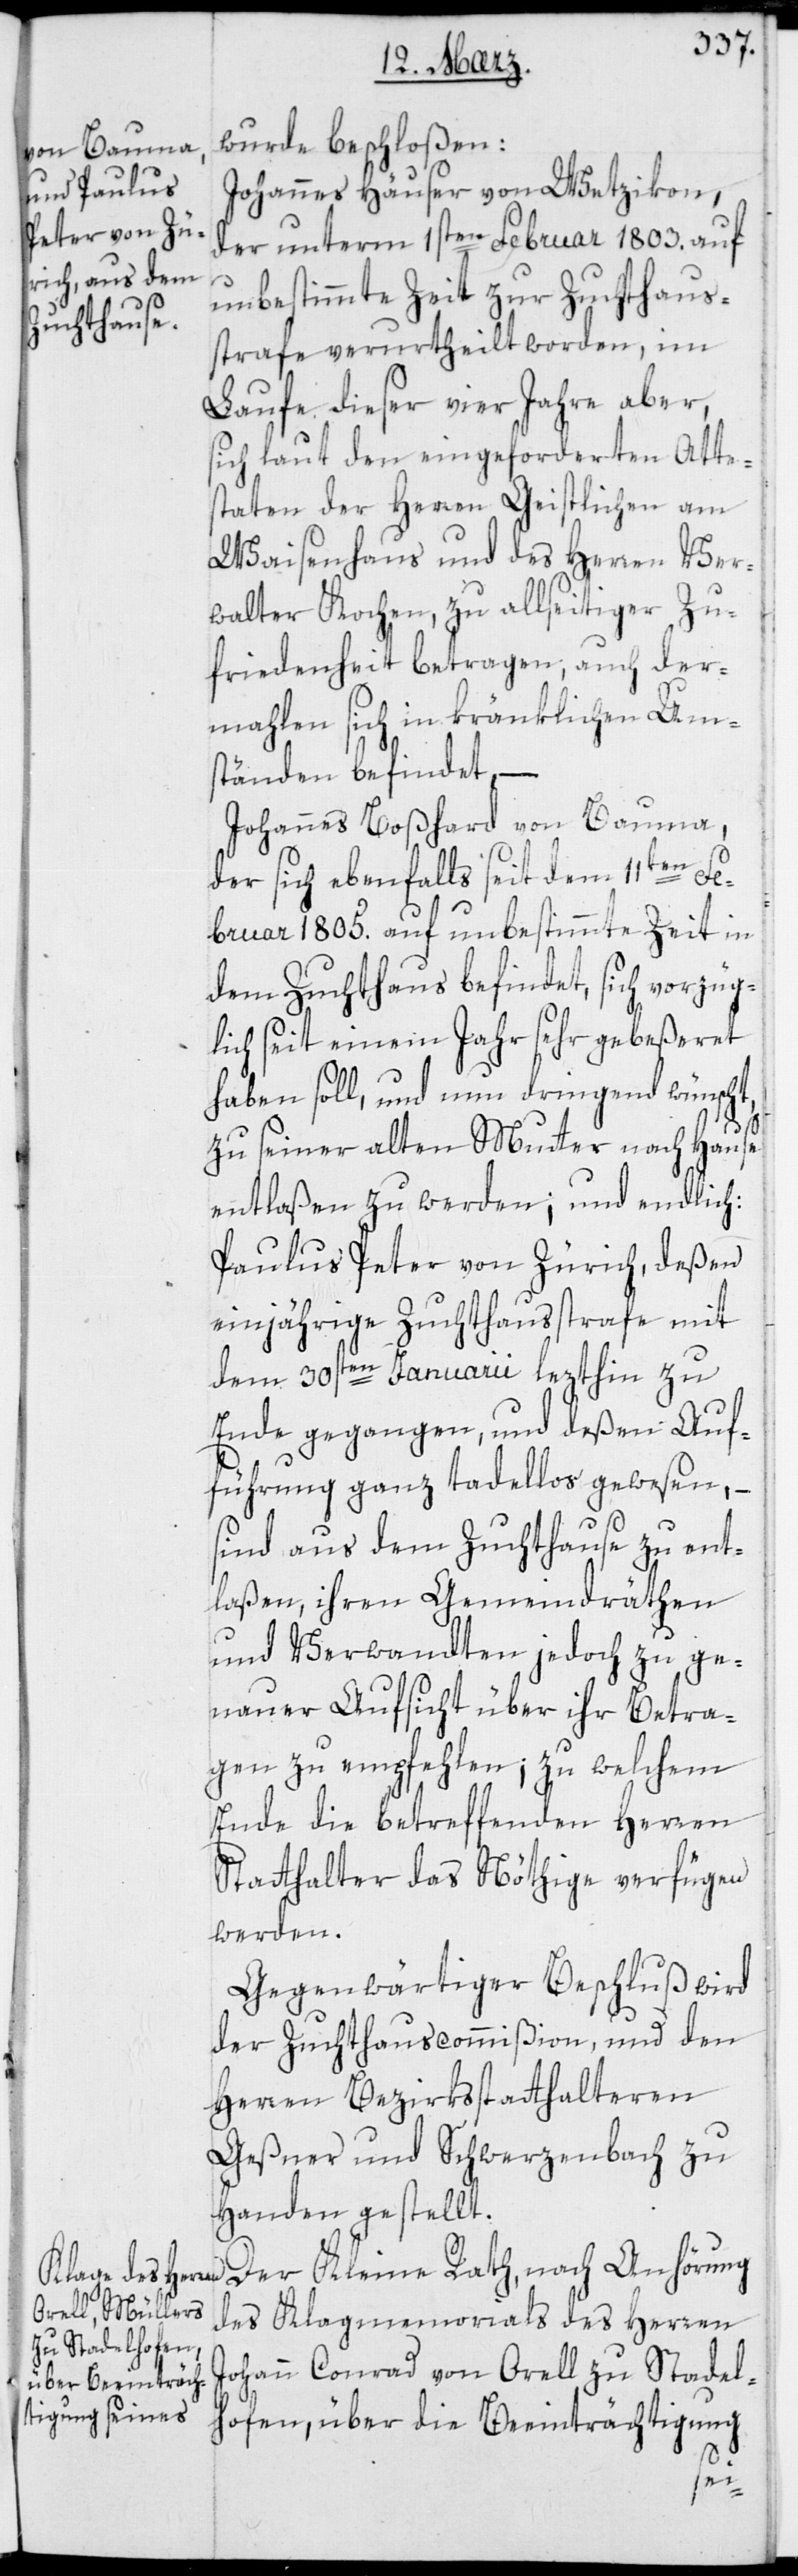
wurde beschloßen:
Johannes Hauser von Wetzikon,
der unterm 1sten Februar 1803. auf
unbestimmte Zeit zur Zuchthauß¬
trafe verurtheilt worden, im
Laufe dieser vier Jahre aber,
sich laut den eingeforderten Attes¬
taten der Herren Geistlichen am
Waisenhaus und des Herren Ver¬
walter Kochen, zu allseitiger Zu¬
friedenheit betragen; auch der¬
mahlen sich in kränklichen Um¬
ständen befindet, –
Johannes Boßhard von Bauma,
der sich ebenfalls seit dem 11ten Fe¬
bruar 1805. auf unbestimmte Zeit in
dem Zuchthaus befindet, sich vorzüg¬
lich seit einem Jahr sehr gebeßeret
haben soll, und nun dringend wünscht,
zu seiner alten Mutter nach Hause
entlaßen zu werden; und endlich;
Paulus Peter von Zürich, deßen
einjährige Zuchthausstrafe mit
dem 30sten Januarii lezthin zu
Ende gegangen, und deßen Auf¬
führung ganz tadellos gewesen, –
sind aus dem Zuchthause zu ent¬
laßen, ihren Gemeindräthen
und Verwandten jedoch zu ge¬
nauer Aufsicht über ihr Betra¬
gen zu empfehlen; zu welchem
Ende die betreffenden Herren
Statthalter das Nöthige verfügen
werden.
Gegenwärtiger Beschluß wird
der Zuchthauscommißion, und den
Herren Bezirksstatthalteren
Geßner und Schwerzenbach zu
Handen gestellt.
Der Kleine Rath, nach Anhörung
des Klagmemorials des Herren
Johann Conrad von Orell zu Stadel¬
hofen, über die Beeinträchtigung